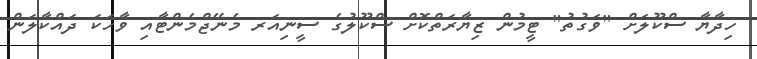
ހިދާޔާ ސްކޫލަށް "ވަގުތު" ޓީމުން ޒިޔާރަތްކޮށް ސްކޫލުގެ ސީނިއަރ މެނޭޖްމެންޓާއި ވާހަކަ ދައްކާލަން